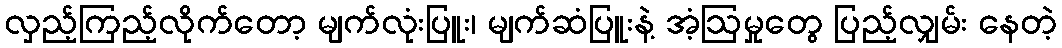
လှည့်ကြည့်လိုက်တော့ မျက်လုံးပြူး၊ မျက်ဆံပြူးနဲ့ အံ့ဩမှုတွေ ပြည့်လျှမ်း နေတဲ့